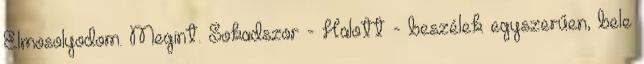
Elmosolyodom. Megint. Sokadszor - Halott - beszélek egyszerűen, bele